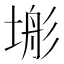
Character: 𭎿